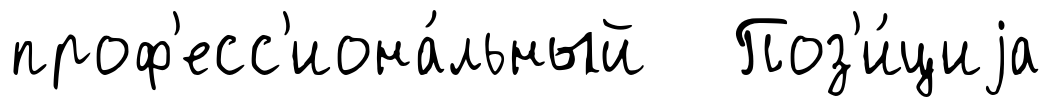
проф'есс'иона́льный Поз'и́циjа